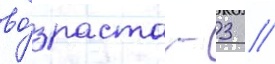
во́зраста - 3 /